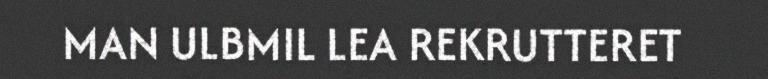
MAN ULBMIL LEA REKRUTTERET